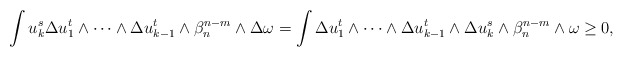
\begin{align*} \begin{aligned}\int u_k^s\Delta u_1^t\wedge\dots\wedge\Delta u_{k-1}^t\wedge\beta_n^{n-m}\wedge\Delta \omega=\int \Delta u_1^t\wedge\dots\wedge\Delta u_{k-1}^t\wedge\Delta u_k^s\wedge\beta_n^{n-m}\wedge\omega\geq 0,\end{aligned} \end{align*}